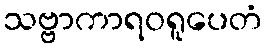
သဗ္ဗာကာရဝရူပေတံ